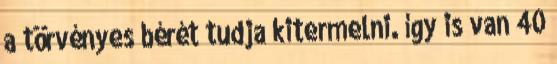
a törvényes bérét tudja kitermelni. így is van 40